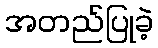
အတည်ပြုခဲ့